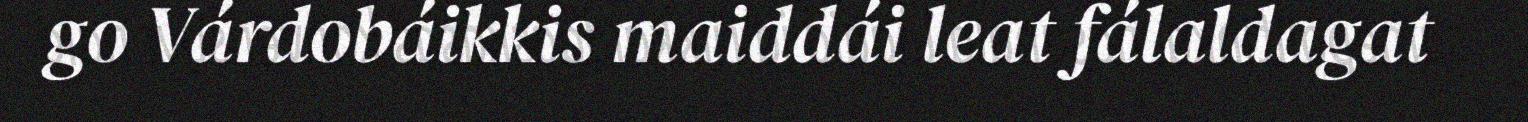
go Várdobáikkis maiddái leat fálaldagat